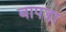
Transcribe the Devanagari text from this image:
बापडा